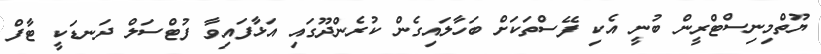
ޔޫތްމިނިސްޓްރީން ބުނީ އެކި ފޭސްތަކަށް ބަހާލައިގެން ކުރެންދޫގައި އަޅާފައިވާ ފުޓްސަލް ދަނޑަކީ ޓާފް